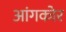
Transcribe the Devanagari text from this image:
आंगकोर